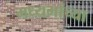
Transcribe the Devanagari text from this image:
मध्यमांच्या